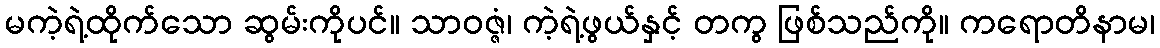
မကဲ့ရဲ့ထိုက်သော ဆွမ်းကိုပင်။ သာဝဇ္ဇံ၊ ကဲ့ရဲ့ဖွယ်နှင့် တကွ ဖြစ်သည်ကို။ ကရောတိနာမ၊